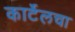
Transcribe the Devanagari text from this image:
कार्टेलचा